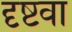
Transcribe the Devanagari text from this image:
दृष्टवा